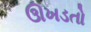
ઊખડતો